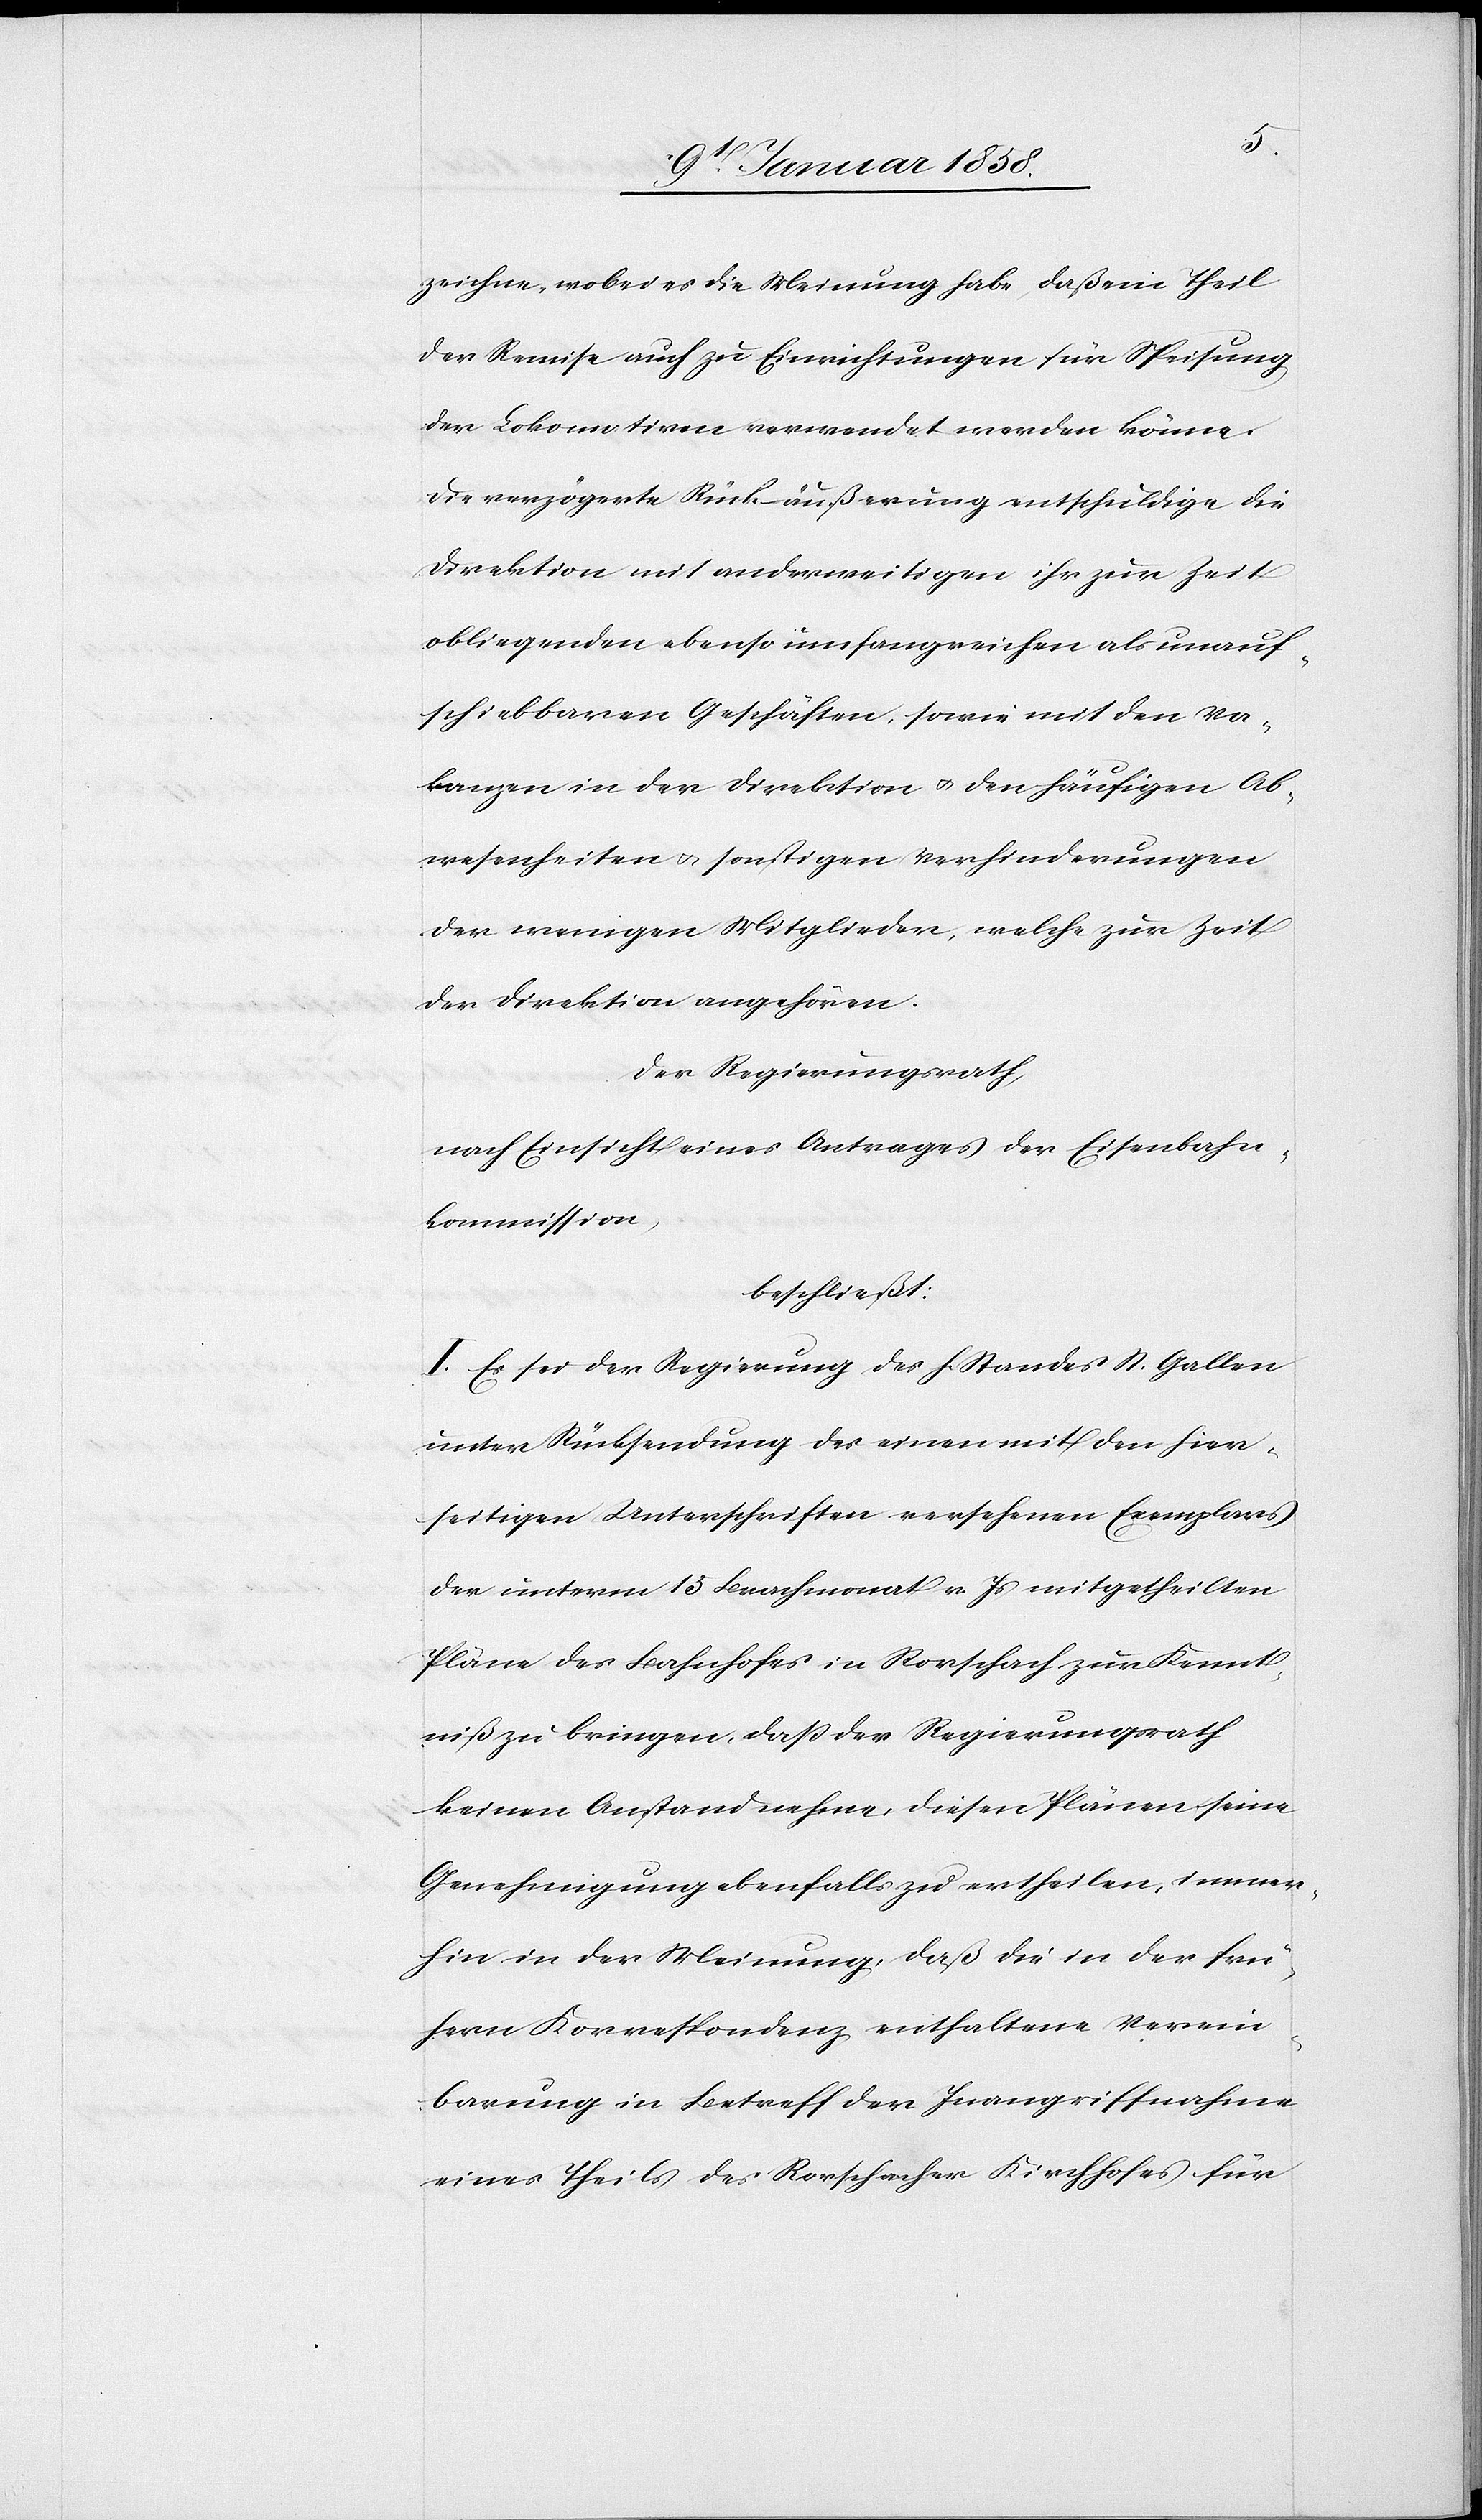
zeichne, wobei es die Meinung habe, daß ein Theil
der Remise auch zu Einrichtungen für Speisung
der Lokomotiven verwendet werden könne.
Die verzögerte Rückäußerung entschuldige die
Direktion mit anderweitigen ihr zur Zeit
obliegenden ebenso umfangreichen als unauf¬
schiebbaren Geschäften, sowie mit den Va¬
kanzen in der Direktion u. sonstigen
der wenigen Mitglieder, welche zur Zeit
der Direktion angehören.
der Regierungsrath,
nach Einsicht eines Antrages der Eisenbahn¬
kommission,
beschließt:
I. Es sei der Regierung des h. Standes St. Gallen
unter Rücksendung des einen mit den hier¬
seitigen Unterschriften versehenen Exemplars
der unterm 15 Brachmonat v. Js mitgetheilten
Pläne des Bahnhofes in Rorschach zur Kennt¬
niß zu bringen, daß der Regierungsrath
keinen Anstand nehme, diesen Plänen seine
Genehmigung ebenfalls zu ertheilen, immer¬
hin in der Meinung, daß die in der frü¬
hern Korrespondenz enthaltene Verein¬
barung in Betreff der Inangriffnahme
eines Theils des Rorschacher Kirchhofes für